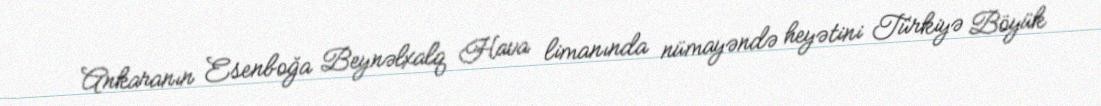
Ankaranın Esenboğa Beynəlxalq Hava limanında nümayəndə heyətini Türkiyə Böyük